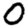
Digit: 0